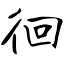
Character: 徊